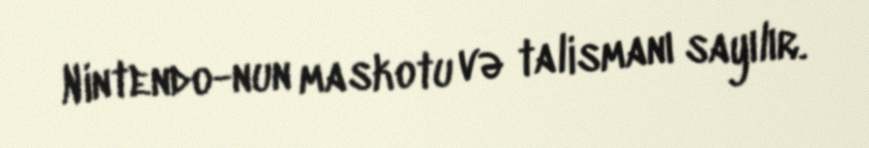
Nintendo-nun maskotu və talismanı sayılır.